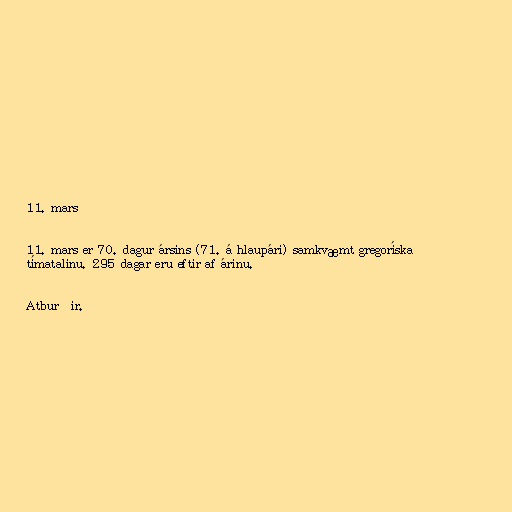
11. mars

11. mars er 70. dagur ársins (71. á hlaupári) samkvæmt gregoríska
tímatalinu. 295 dagar eru eftir af árinu.

Atburðir.